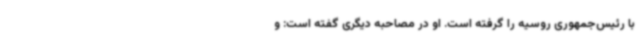
با رئیس‌جمهوری روسیه را گرفته است. او در مصاحبه دیگری گفته است: و